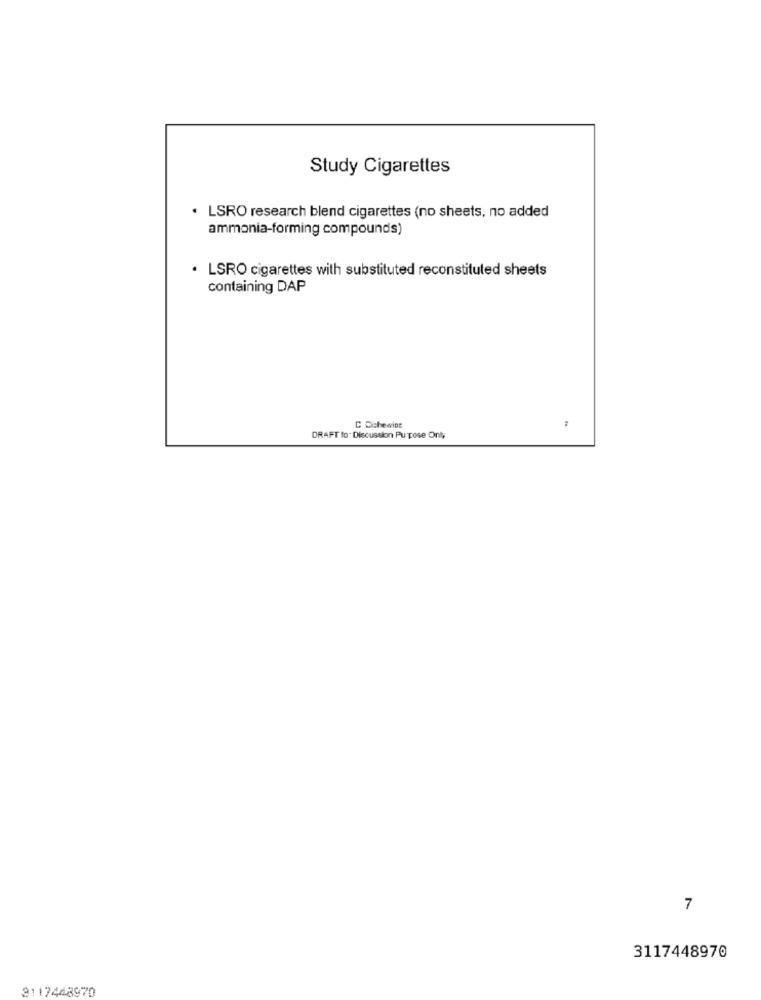
Study Cigarettes
· LSRO research blend cigarettes (no sheets, no added
ammonia-forming compounds)
· LSRO cigarettes with substituted reconstituted sheets
containing DAP
C Cichewint
DRAFT to. Discussion Purpose Only
7
3117448970
3117448970